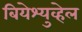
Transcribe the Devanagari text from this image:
बियेश्युव्हेल